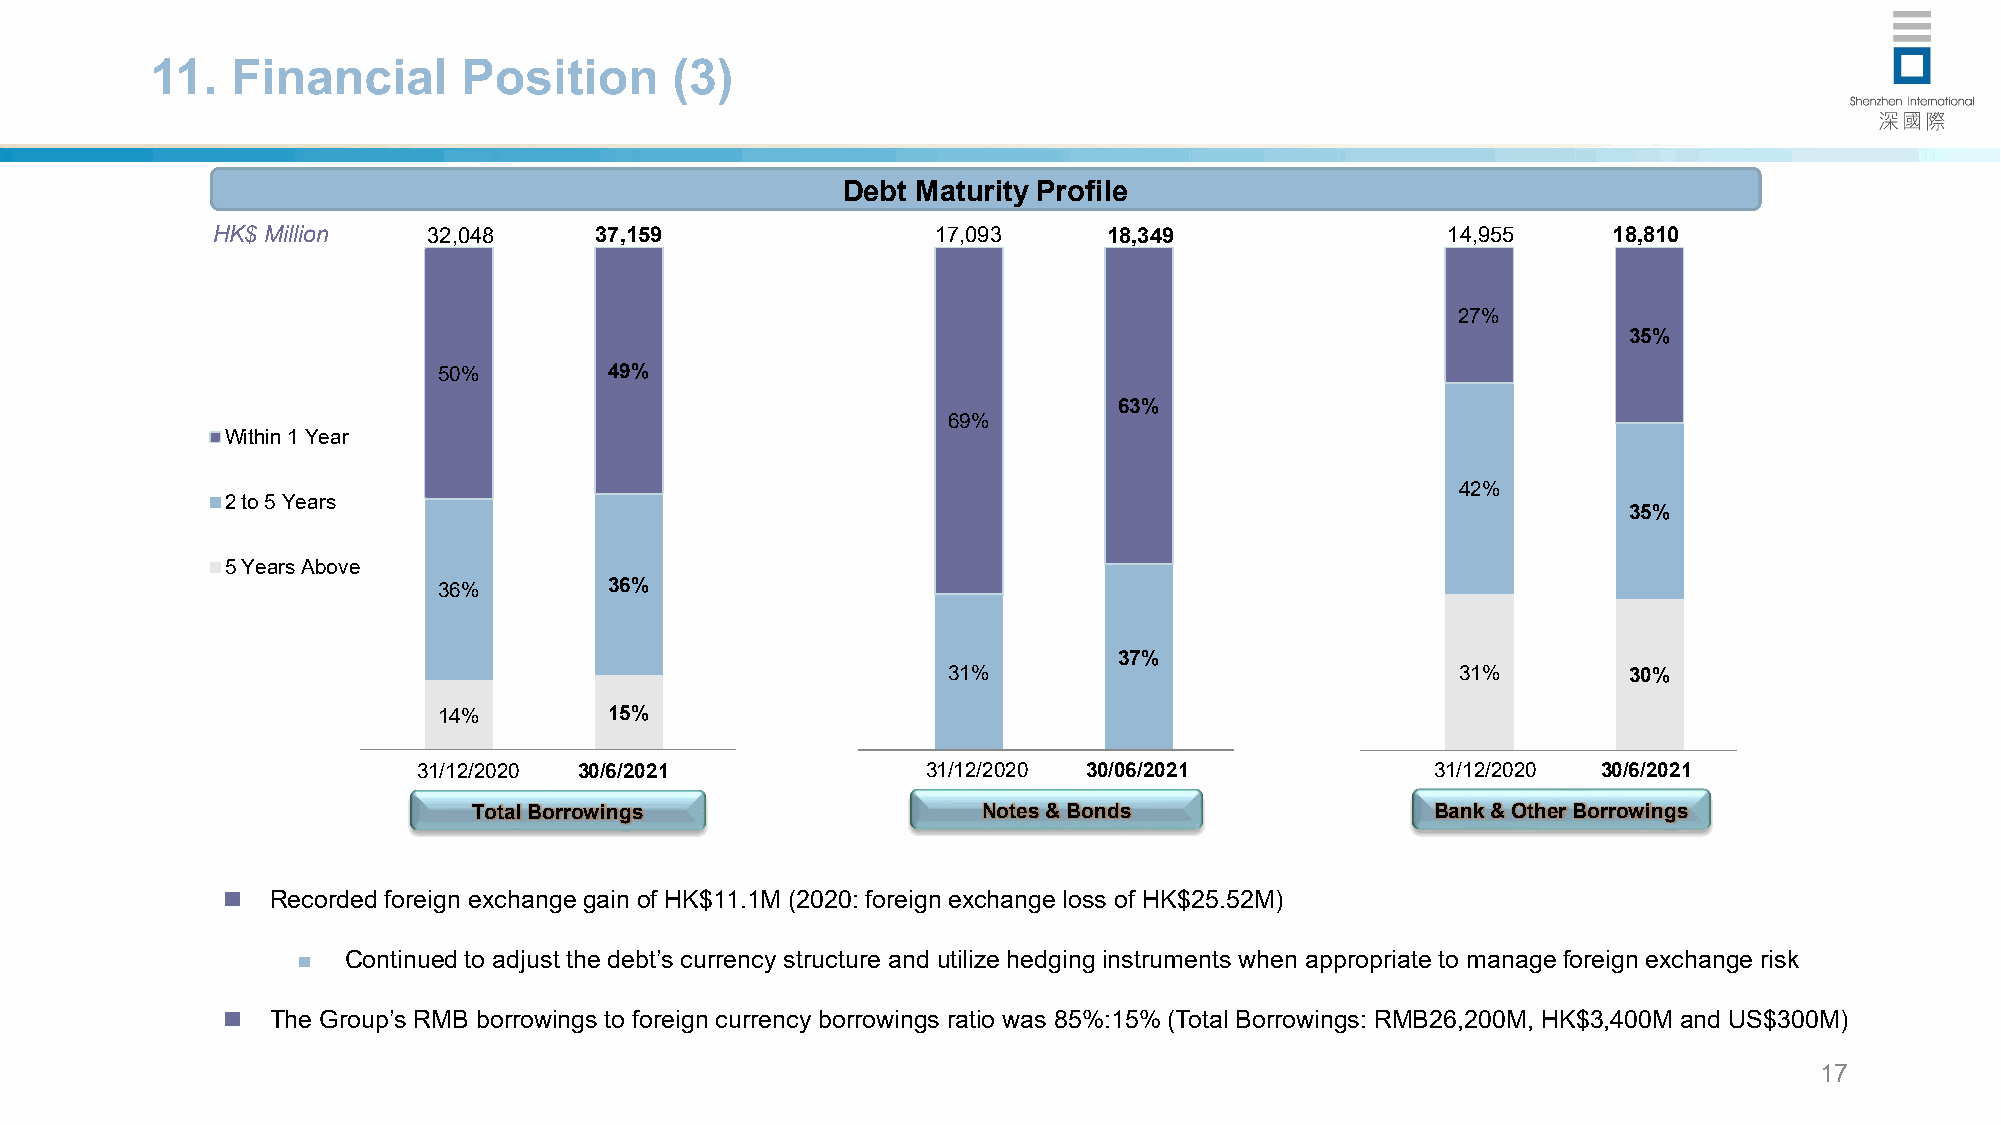
11.  Financial       Position     (3)
 Debt Maturity Profile
 HK$ Million   32,048     37,159                 17,093     18,349                 14,955     18,810
 27%
 35%
 50%        49%
 63%
 69%
 Within 1 Year
 42%
 2 to 5 Years
 35%
 5 Years Above
 36%        36%
 37%
 31%                               31%        30%
 14%        15%
 31/12/2020 30/6/2021             31/12/2020 30/06/2021             31/12/2020 30/6/2021
 Total Borrowings                  Notes & Bonds                 Bank & Other Borrowings
   Recorded foreign exchange gain of HK$11.1M (2020: foreign exchange loss of HK$25.52M)
   Continued to adjust the debt’s currency structure and utilize hedging instruments when appropriate to manage foreign exchange risk
   The Group’s RMB borrowings to foreign currency borrowings ratio was 85%:15% (Total Borrowings: RMB26,200M, HK$3,400M and US$300M)
 17